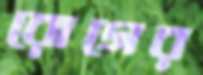
রোগের